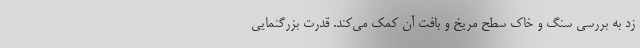
زد به بررسی سنگ و خاک سطح مریخ و بافت آن کمک می‌کند. قدرت بزرگنمایی